Annual report on the lock hospitals of the Madras Presidency
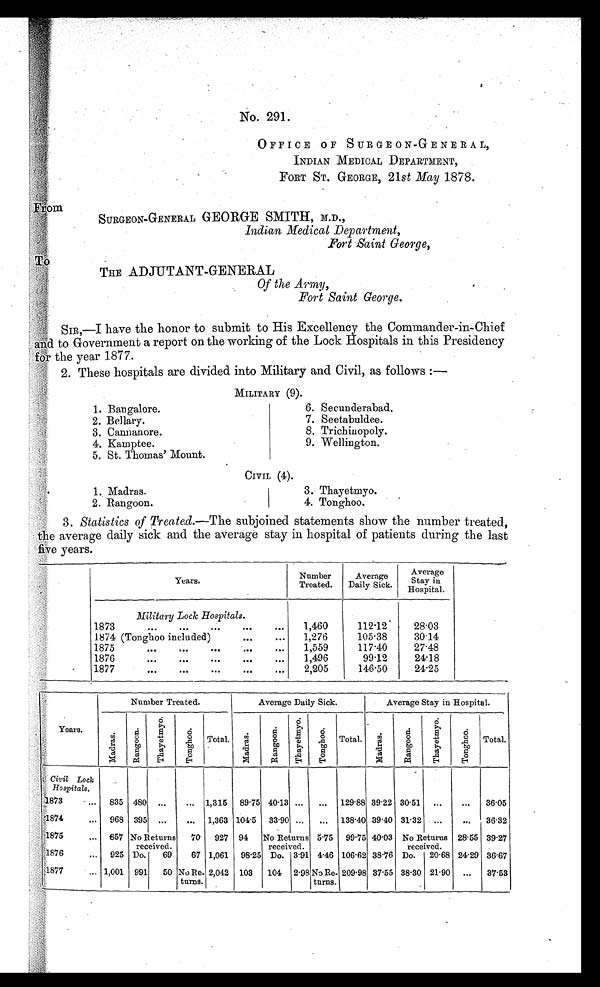
No. 291
OFFICE OF SURGEON-GENERAL,
INDIAN MEDICAL DEPARTMENT,
FORT ST. GEORGE, 21st May 1878.
From
SURGEON-GENERAL GEORGE SMITH, M.D.,
Indian Medical Department,
Fort Saint George,
To
THE ADJUTANT-GENERAL
Of the Army,
Fort Saint George.
SIR,--I have the honor to submit to His Excellency the Commander-in-Chief
and to Government a report on the working of the Lock Hospitals in this Presidency
for the year 1877.
2. These hospitals are divided into Military and Civil, as follows :–
MILITARY (9).
1.Bangalore.
6. Secunderabad.
2.Bellary.
7. Seetabuldee.
3.Cannanore.
8. Trichinopoly.
4. Kamptee.
9. Wellington.
•
5. St. Thomas' Mount.
•
CIVIL (4).
•
1. Madras.
3. Thayetmyo.
2. Rangoon.
4. Tonghoo.
3. Statistics of Treated.-The subjoined statements show the number treated,
the average daily sick and the average stay in hospital of patients during the last
five years.
Years.
Number Treated. Average
Daily Sick.
Average Stay in
Hospital.
Military Lock Hospitals.
1873
... ... ... ... ... 1,460
112.12 28.03
1874 (Tonghoo included)
... ... 1,276
105.38 30.14
1875
... ... ... ,.. ... 1,559
117.40 27.48
1876
... ... ... ... ... 1,496
99.12 24.18
1877
... ... ... ... ... 2,205
146.50 24.25
Years.
Number Treated.
Average Daily Sick.
Average Stay in Hospital.
Ma d r a s . R a n g o o n . T h a y e t m y o . T o n g h o o .
Total.
Ma d r a s . R a n g o o n . T h a y e t m t o . T o n g h o o .
Total.
Ma d r a s . R a n g o o n . T h a y e t m y o . T o n g h o o .
Total.
Civil Lock
Hospitals.
1873 ... 835 480 ... ... 1,315 89.75 40.13 ... ... 129.88 39.22 30.51 ... ... 36.05
1874... 968 395 ... ... 1,363 104.5 33.90 ... ... 138.40 39.40 31.32 ... ... 36.32
1875 ... 857 No Returns 70 927 94 No Returns 5.75 99.75 40.03 No Returns 28.55 39.27
received.
received.
received.
1876 ... 925 Do. 69 67 1,061 98.25 Do. 3.91 4.46 106.62 38.76 Do. 20.68 24.29 36.67
1877
1,001 991 50 No Re.
turns. 2,042 103 104 2.98 No Re . t u r n s . 209.98 37.55 38.30 21.90 ... 37.53